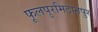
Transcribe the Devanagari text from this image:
फूलपुरमिठानपुर